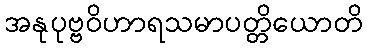
အနုပုဗ္ဗဝိဟာရသမာပတ္တိယောတိ